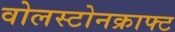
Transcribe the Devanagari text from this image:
वोलस्टोनक्राफ्ट